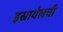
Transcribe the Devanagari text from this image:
इस्रायेलची